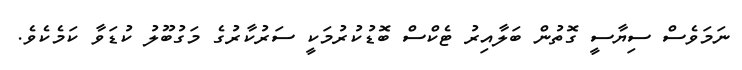
ނަމަވެސް ސިޔާސީ ގޮތުން ބަލާއިރު ޓެކްސް ބޮޑުކުރުމަކީ ސަރުކާރުގެ މަގުބޫލު ކުޑަވާ ކަމެކެވެ.